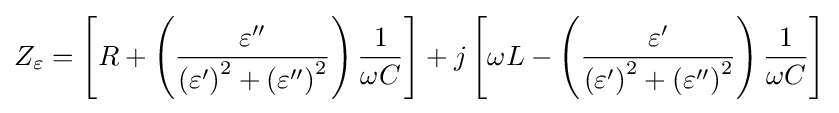
Z_{\varepsilon }=\left[R+\left({\frac {\varepsilon ^{\prime \prime }}{\left(\varepsilon ^{\prime }\right)^{2}+\left(\varepsilon ^{\prime \prime }\right)^{2}}}\right){\frac {1}{\omega C}}\right]+j\left[\omega L-\left({\frac {\varepsilon ^{\prime }}{\left(\varepsilon ^{\prime }\right)^{2}+\left(\varepsilon ^{\prime \prime }\right)^{2}}}\right){\frac {1}{\omega C}}\right]